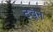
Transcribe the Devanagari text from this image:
टबून